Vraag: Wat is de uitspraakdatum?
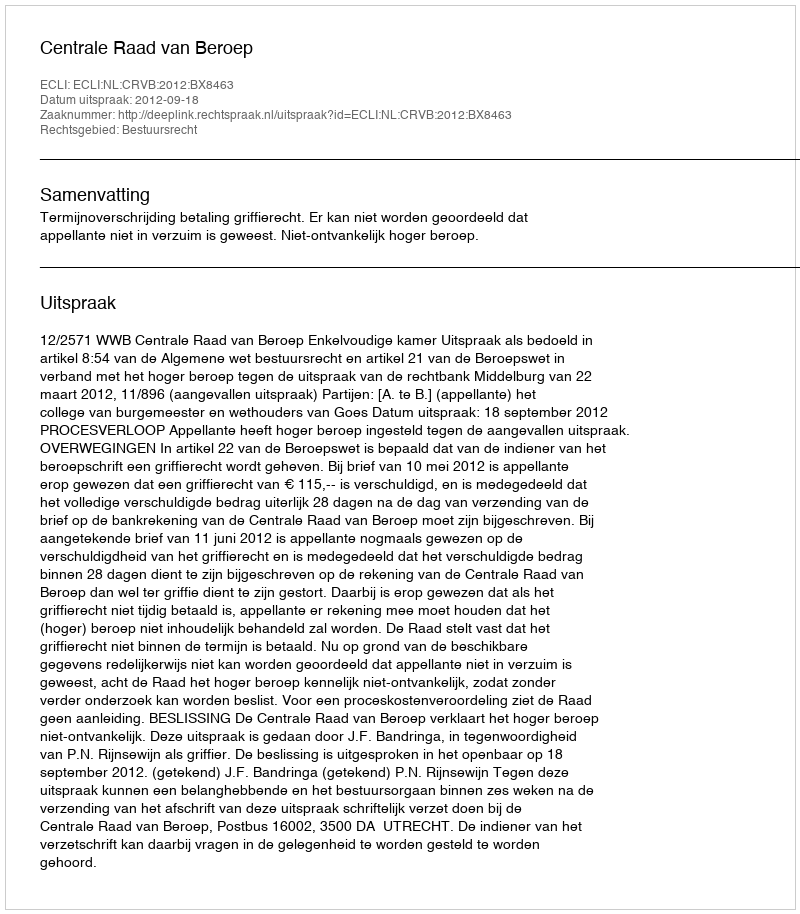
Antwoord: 2012-09-18